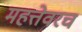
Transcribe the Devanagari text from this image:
महत्तेवरच